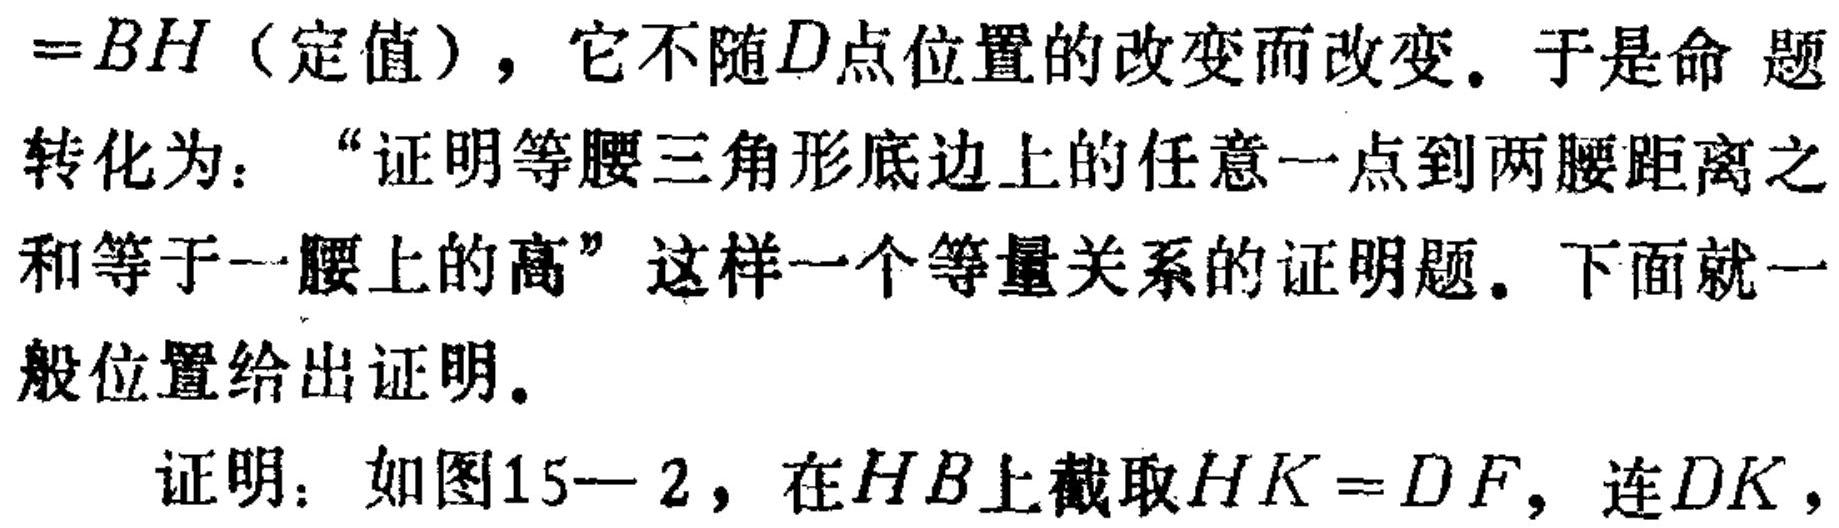
\(=BH\)（定值），它不随\(D\)点位置的改变而改变。于是命 题
转化为：“证明等腰三角形底边上的任意一点到两腰距离之
和等于一腰上的高”这样一个等量关系的证明题。下面就一
般位置给出证明。
证明：如图15—2，在\(HB\)上截取\(HK = DF\)，连\(DK\)，